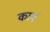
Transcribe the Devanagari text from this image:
कायं